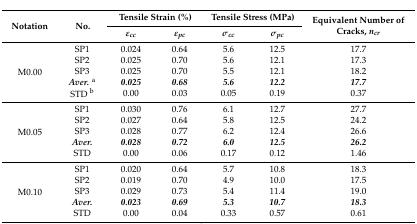
<table><thead><tr><td rowspan="2"><b>Notation</b></td><td rowspan="2"><b>No.</b></td><td colspan="2"><b>Tensile Strain (%)</b></td><td colspan="2"><b>Tensile Stress (MPa)</b></td><td rowspan="2"><b>Equivalent Number of Cracks, <i>n<sub>cr</sub></i></b></td></tr><tr><td><b><i>ε<sub>cc</sub></i></b></td><td><b><i>ε<sub>pc</sub></i></b></td><td><b><i>σ<sub>cc</sub></i></b></td><td><b><i>σ<sub>pc</sub></i></b></td></tr></thead><tbody><tr><td rowspan="5">M0.00</td><td>SP1</td><td>0.024</td><td>0.64</td><td>5.6</td><td>12.5</td><td>17.7</td></tr><tr><td>SP2</td><td>0.025</td><td>0.70</td><td>5.6</td><td>12.1</td><td>17.3</td></tr><tr><td>SP3</td><td>0.025</td><td>0.70</td><td>5.5</td><td>12.1</td><td>18.2</td></tr><tr><td><b><i>Aver.</i></b><sup>a</sup></td><td><b><i>0.025</i></b></td><td><b><i>0.68</i></b></td><td><b><i>5.6</i></b></td><td><b><i>12.2</i></b></td><td><b><i>17.7</i></b></td></tr><tr><td>STD <sup>b</sup></td><td>0.00</td><td>0.03</td><td>0.05</td><td>0.19</td><td>0.37</td></tr><tr><td rowspan="5">M0.05</td><td>SP1</td><td>0.030</td><td>0.76</td><td>6.1</td><td>12.7</td><td>27.7</td></tr><tr><td>SP2</td><td>0.027</td><td>0.64</td><td>5.8</td><td>12.5</td><td>24.2</td></tr><tr><td>SP3</td><td>0.028</td><td>0.77</td><td>6.2</td><td>12.4</td><td>26.6</td></tr><tr><td><b><i>Aver.</i></b></td><td><b><i>0.028</i></b></td><td><b><i>0.72</i></b></td><td><b><i>6.0</i></b></td><td><b><i>12.5</i></b></td><td><b><i>26.2</i></b></td></tr><tr><td>STD</td><td>0.00</td><td>0.06</td><td>0.17</td><td>0.12</td><td>1.46</td></tr><tr><td rowspan="5">M0.10</td><td>SP1</td><td>0.020</td><td>0.64</td><td>5.7</td><td>10.8</td><td>18.3</td></tr><tr><td>SP2</td><td>0.019</td><td>0.70</td><td>4.9</td><td>10.0</td><td>17.5</td></tr><tr><td>SP3</td><td>0.029</td><td>0.73</td><td>5.4</td><td>11.4</td><td>19.0</td></tr><tr><td><b><i>Aver.</i></b></td><td><b><i>0.023</i></b></td><td><b><i>0.69</i></b></td><td><b><i>5.3</i></b></td><td><b><i>10.7</i></b></td><td><b><i>18.3</i></b></td></tr><tr><td>STD</td><td>0.00</td><td>0.04</td><td>0.33</td><td>0.57</td><td>0.61</td></tr></tbody></table>